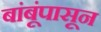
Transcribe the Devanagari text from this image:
बांबूंपासून